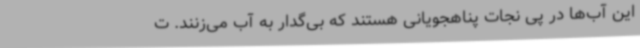
این آب‌ها در پی نجات پناهجویانی هستند که بی‌گدار به آب می‌زنند. ت